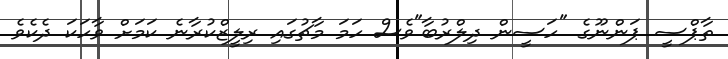
ތާޕްސީ ޕަންނޫގެ "ހަސީން ދިލްރުބާ"ވެސް ހަމަ މާޗުގައި ރިލީޒްކުރާނެ ކަމަށް ވާހަކަ ދެކެވެ